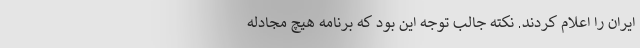
ایران را اعلام کردند. نکته جالب توجه این بود که برنامه هیچ مجادله